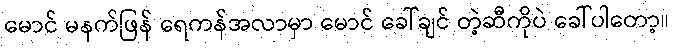
မောင် မနက်ဖြန် ရေကန်အလာမှာ မောင် ခေါ်ချင် တဲ့ဆီကိုပဲ ခေါ်ပါတော့။